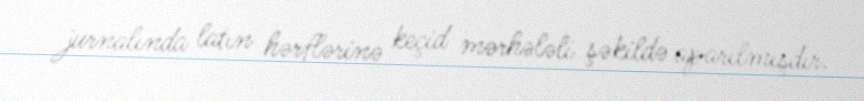
jurnalında latın hərflərinə keçid mərhələli şəkildə aparılmışdır.